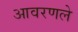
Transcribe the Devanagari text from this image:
आवरणले